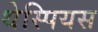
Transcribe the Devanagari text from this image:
थेस्पियस